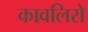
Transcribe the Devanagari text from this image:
कावलिरो